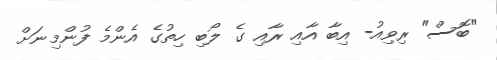
"ބޮސް" ރިވިއު- އިބާ އާއި ރާއި ގެ ލޯބި ހިތުގެ އެންމެ ފުންމިނަށް